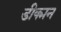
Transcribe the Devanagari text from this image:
डीक्मन